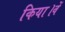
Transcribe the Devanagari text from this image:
किया।वें